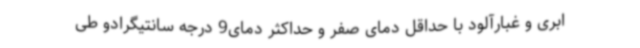
ابری و غبارآلود با حداقل دمای صفر و حداکثر دمای9 درجه سانتیگرادو طی